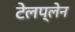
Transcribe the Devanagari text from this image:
टेलप्लेन